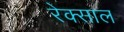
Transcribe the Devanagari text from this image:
रेक्साल